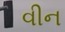
વીન